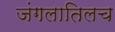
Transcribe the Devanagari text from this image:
जंगलातिलच